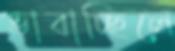
ভাবাচ্ছিলে